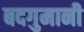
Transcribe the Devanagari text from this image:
बदगुमानी